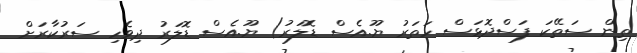
ތިން ސަތޭކަ ފަސްދޮޅަސް ހަތަރު ޔޫ.އެސް ޑޮލަރު) ޔޫ.އެސް ޑޮލަރު ދިވެހި ސަރުކާރަށް